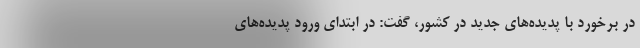
در برخورد با پدیده‌های جدید در کشور، گفت: در ابتدای ورود پدیده‌های